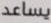
يساعد